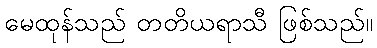
မေထုန်သည် တတိယရာသီ ဖြစ်သည်။